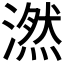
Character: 𪷖